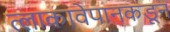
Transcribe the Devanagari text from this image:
त्लाकावेपानकडून